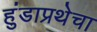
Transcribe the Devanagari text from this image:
हुंडाप्रथेचा